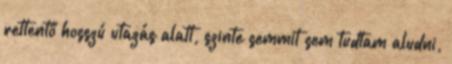
rettentő hosszú utazás alatt, szinte semmit sem tudtam aludni,